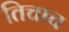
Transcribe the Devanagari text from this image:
तिचाच